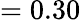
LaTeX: =0.30